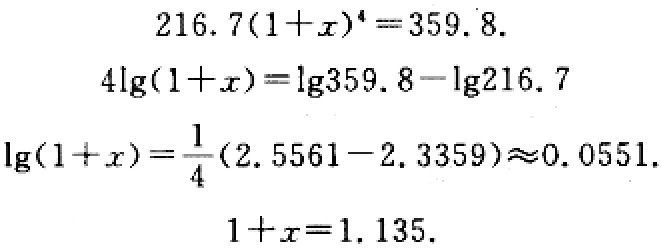
\[
\begin{align*}
216.7(1 + x)^4&=359.8\\
4\lg(1 + x)&=\lg359.8-\lg216.7\\
\lg(1 + x)&=\frac{1}{4}(2.5561 - 2.3359)\approx0.0551\\
1 + x&=1.135
\end{align*}
\]